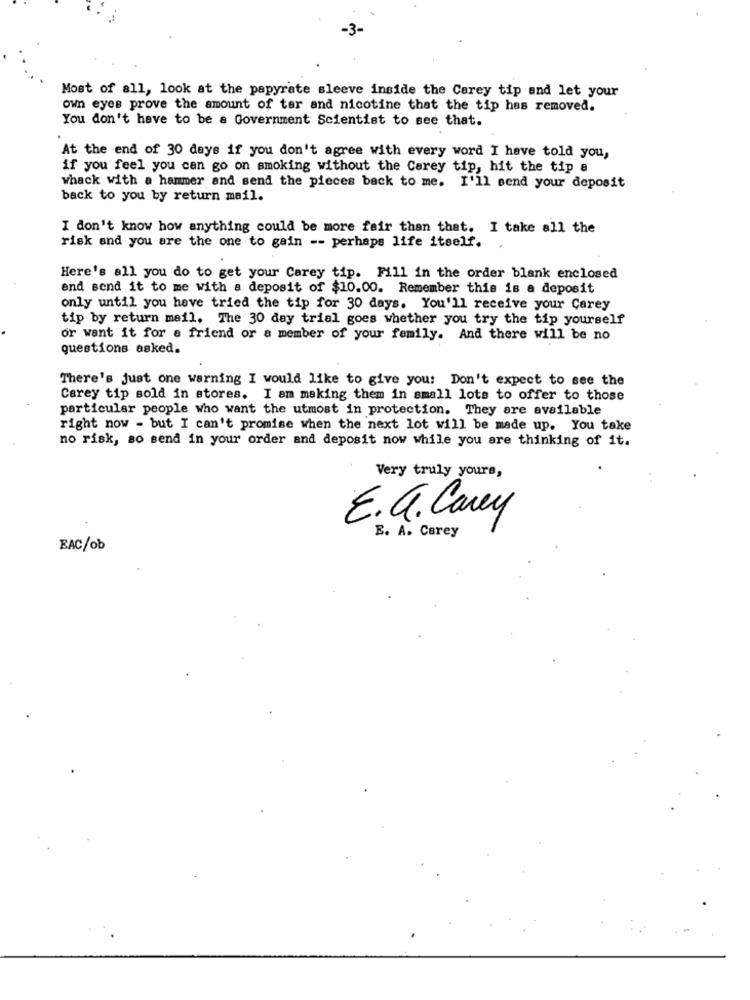
-3-
Most of all, look at the papyrate sleeve inside the Carey tip and let your
own eyes prove the amount of tar and nicotine that the tip has removed.
You don't have to be a Government Scientist to see that.
At the end of 30 days if you don't agree with every word I have told you,
if you feel you can go on smoking without the Carey tip, hit the tip a
whack with a hammer and send the pieces back to me. I'll send your deposit
back to you by return mail.
I don't know how anything could be more fair than that. I take all the
risk and you are the one to gain -- perhaps life itself.
Here's all you do to get your Carey tip. Fill in the order blank enclosed
and send it to me with a deposit of $10.00. Remember this is a deposit
only until you have tried the tip for 30 days. You'll receive your Carey
tip by return mail. The 30 day trial goes whether you try the tip yourself
or want it for a friend or a member of your family. And there will be no
questions asked.
There's just one warning I would like to give you: Don't expect to see the
Carey tip sold in stores. I am making them in small lots to offer to those
particular people who want the utmost in protection. They are available
right now - but I can't promise when the next lot will be made up. You take
no risk, so send in your order and deposit now while you are thinking of it.
Very truly yours,
E.G. Carey
E. A. Carey
EAC/ob